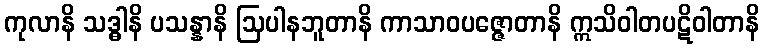
ကုလာနိ သဒ္ဓါနိ ပသန္နာနိ ဩပါနဘူတာနိ ကာသာဝပဇ္ဇောတာနိ ဣသိဝါတပဋိဝါတာနိ